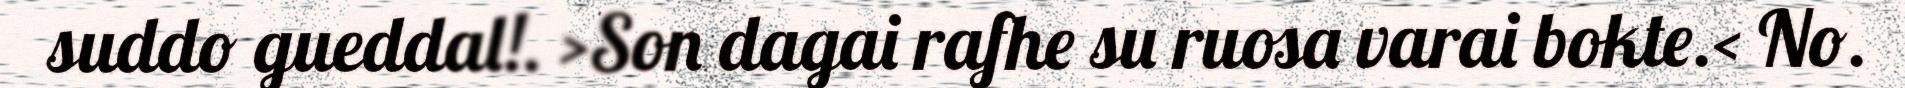
suddo gueddal!. >Son dagai rafhe su ruosa varai bokte.< No.